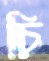
চি